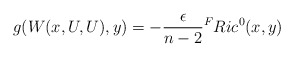
\begin{align*} g(W(x,U,U),y) = -\frac{\epsilon}{n-2} {^F}Ric^{0}(x,y)\end{align*}